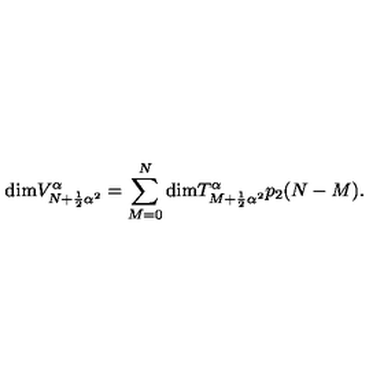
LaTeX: \mathrm { d i m } V _ { N + \frac { 1 } { 2 } { \alpha } ^ { 2 } } ^ { \alpha } = \sum _ { M = 0 } ^ { N } \mathrm { d i m } T _ { M + \frac { 1 } { 2 } { \alpha } ^ { 2 } } ^ { \alpha } p _ { 2 } ( N - M ) .